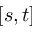
[ s , t ]